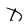
Character: D